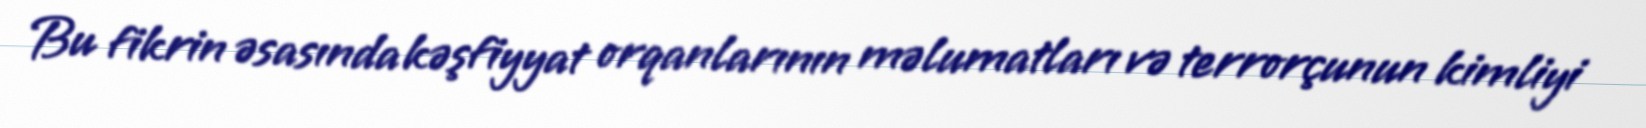
Bu fikrin əsasında kəşfiyyat orqanlarının məlumatları və terrorçunun kimliyi